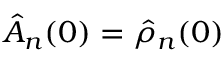
\hat { A } _ { n } ( 0 ) = \hat { \rho } _ { n } ( 0 )